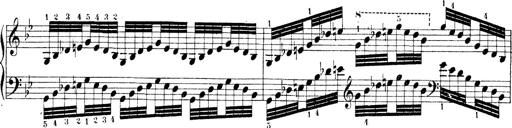
Title: Technische Studien
Composer: Franz Liszt